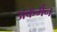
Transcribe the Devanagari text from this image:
अकर्मैन